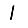
Digit: 1